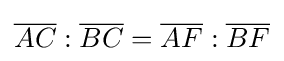
{\overline {AC}}:{\overline {BC}}={\overline {AF}}:{\overline {BF}}